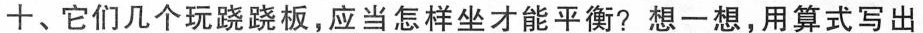
十、它们几个玩跷跷板，应当怎样坐才能平衡?想一想，用算式写出